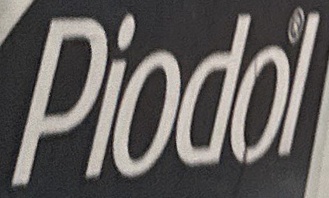
Piodol